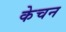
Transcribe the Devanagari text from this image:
केचन